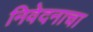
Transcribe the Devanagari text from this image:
निवेदनाचा